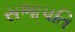
સભાપતિ